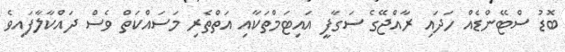
ބޮޑު ސްޓޭންޑެއް ހަދައި ރާއްޖޭގެ ސަގާފީ އައިޓަމްތަކާއި އަތްތެރި މަސައްކަތް ވެސް ދައްކާލާފައިވެ